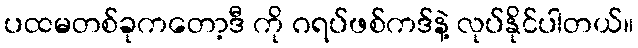
ပထမတစ်ခုကတော့ဒီ ကို ဂရပ်ဖစ်ကဒ်နဲ့ လုပ်နိုင်ပါတယ်။